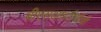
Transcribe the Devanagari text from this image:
बीएसआरटीसीची